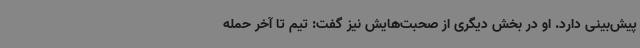
پیش‌بینی دارد. او در بخش دیگری از صحبت‌هایش نیز گفت: تیم تا آخر حمله